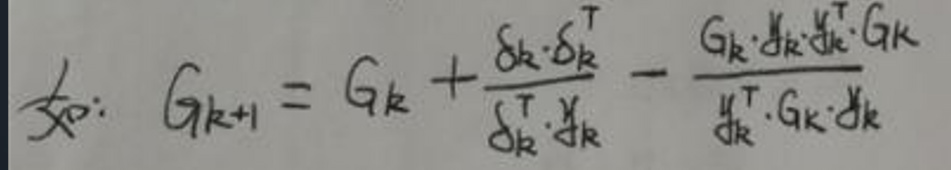
解$: \quad G_{k + 1} = G_k+\frac{\delta_k\cdot\delta_k^T}{\delta_k^T\cdot y_k}-\frac{G_k\cdot y_k\cdot y_k^T\cdot G_k}{y_k^T\cdot G_k\cdot y_k}$